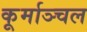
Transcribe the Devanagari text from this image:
कूर्माञ्चल